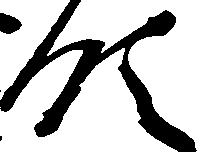
領